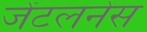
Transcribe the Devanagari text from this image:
जेंटलनेस